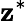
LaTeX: \mathbf{z}^{*}